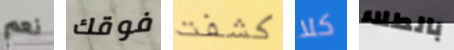
نعم فوقك كشفت كلا بالطلاء